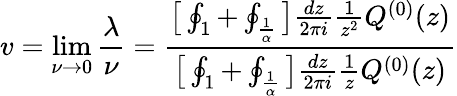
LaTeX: v=\operatorname*{lim}_{\nu\rightarrow 0}\frac{\lambda}{\nu}=\frac{\big[\oint_{1}+\oint_{\frac{1}{\alpha}}\big]\frac{dz}{2\pi i}\frac{1}{z^{2}}Q^{(0)}(z)}{\big[\oint_{1}+\oint_{\frac{1}{\alpha}}\big]\frac{dz}{2\pi i}\frac{1}{z}Q^{(0)}(z)}